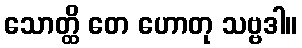
သောတ္ထိ တေ ဟောတု သဗ္ဗဒါ။